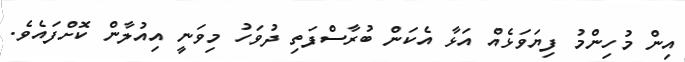
އިން މުހިންމު ފިޔަވަޅެއް އަޅާ އެކަން ބުރާސްފަތި ދުވަހު މިވަނީ އިއުލާން ކޮށްފައެވެ.